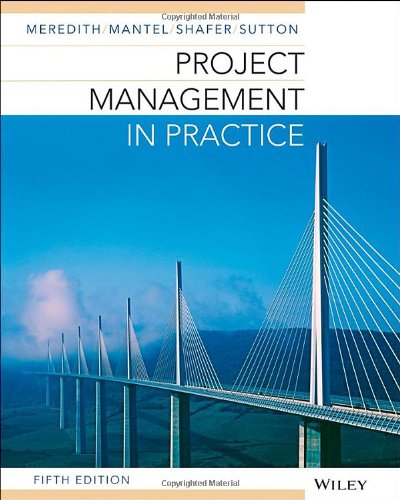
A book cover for Project Management in Practice; Jack R. Meredith; Business & Money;